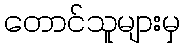
တောင်သူများမှ